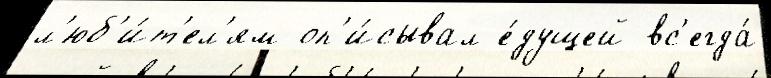
л'юб'и́т'ел'ям оп'и́сывал е́дущей вс'егда́